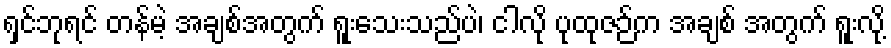
ရှင်ဘုရင် တန်မဲ့ အချစ်အတွက် ရူးသေးသည်ပဲ၊ ငါလို ပုထုဇဉ်က အချစ် အတွက် ရူးလို့